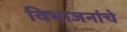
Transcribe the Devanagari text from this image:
विभाजनांचे